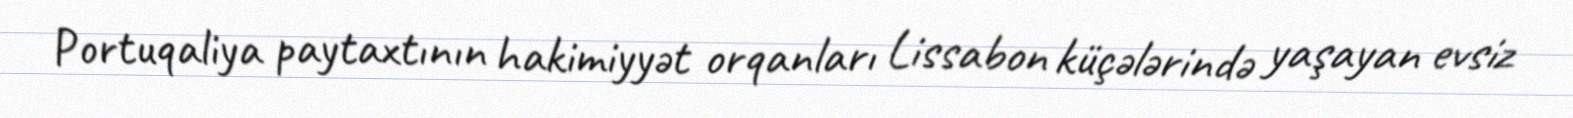
Portuqaliya paytaxtının hakimiyyət orqanları Lissabon küçələrində yaşayan evsiz